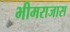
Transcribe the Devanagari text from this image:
भीमराजास